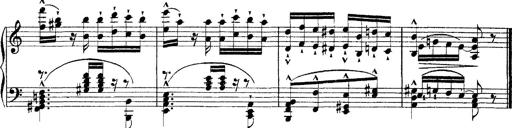
Title: Ã‰tudes d'exÃ©cution transcendante d'aprÃ¨s Paganini
Composer: Franz Liszt